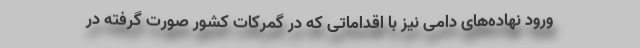
ورود نهاده‌های دامی نیز با اقداماتی که در گمرکات کشور صورت گرفته در